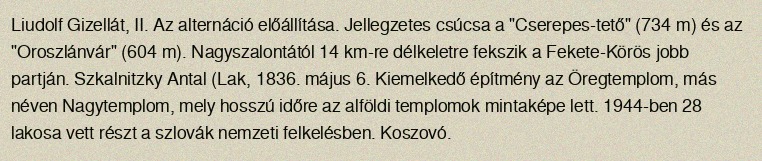
Liudolf Gizellát, II. Az alternáció előállítása. Jellegzetes csúcsa a "Cserepes-tető" (734 m) és az "Oroszlánvár" (604 m). Nagyszalontától 14 km-re délkeletre fekszik a Fekete-Körös jobb partján. Szkalnitzky Antal (Lak, 1836. május 6. Kiemelkedő építmény az Öregtemplom, más néven Nagytemplom, mely hosszú időre az alföldi templomok mintaképe lett. 1944-ben 28 lakosa vett részt a szlovák nemzeti felkelésben. Koszovó.